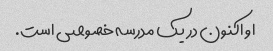
او اکنون در یک مدرسه خصوصی است.